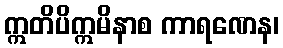
ဣတိပိဣမိနာစ ကာရဏေန၊